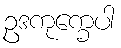
ဥဒကုက္ခေပါ